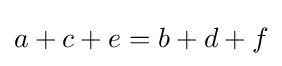
a+c+e=b+d+f